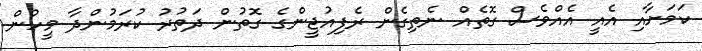
ކަމަށާއި އެއީ އެއްވެސް ގޮތެއް ނެތިގެން ރެފިއުޖީންގެ ގޮތުން ދަތުރު ކުރަމުންދާ މީހުން